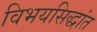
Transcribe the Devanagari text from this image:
विभयसिद्धांत